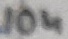
Text: 10n